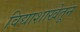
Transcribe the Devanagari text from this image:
विद्याशाखेतून